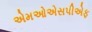
એમઓએસપીએફ